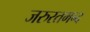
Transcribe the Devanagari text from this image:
जरुरतमन्द